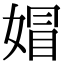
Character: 媢